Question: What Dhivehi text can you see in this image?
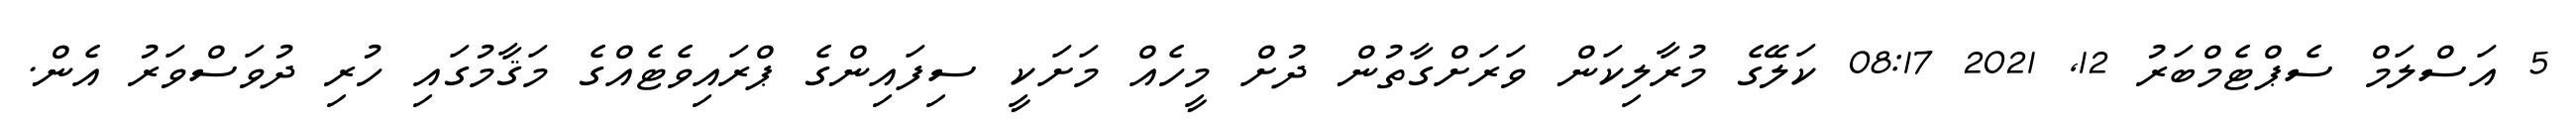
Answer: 5 އަސްލަމް ސެޕްޓެމްބަރު 12, 2021 08:17 ކަލޭގެ މުރާލިކަން ވަރަށްގާތުން ދުށް މީހެއް މަށަކީ ސިފައިންގެ ޕްރައިވެޓެއްގެ މަޤާމުގައި ހުރި ދުވަސްވަރު އެން.